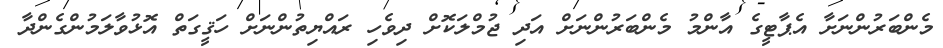
މެންބަރުންނަށާ އެޕާޓީގެ އާންމު މެންބަރުންނަށް އަދި ޖުމްލަކޮށް ދިވެހި ރައްޔިތުންނަށް ހަޤީގަތް އޮޅުވާލަމުންގެންދާ